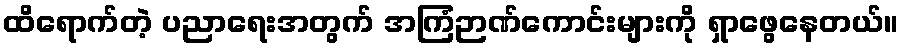
ထိရောက်တဲ့ ပညာရေးအတွက် အကြံဉာဏ်ကောင်းများကို ရှာဖွေနေတယ်။